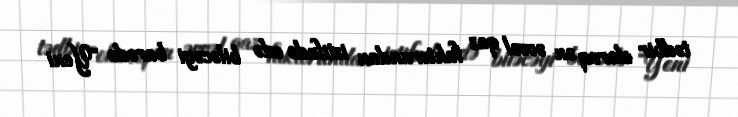
tədbir olaraq ən əvvəl qaz faktorundan istifadə edə biləcəyi barədə “Yeni